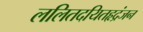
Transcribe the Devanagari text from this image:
ललितदयितहृद्रंजन